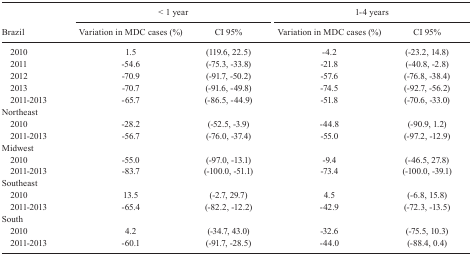
<table><thead><tr><td rowspan="3"><b>Brazil</b></td><td colspan="2"><b>&lt; 1 year</b></td><td colspan="2"><b>1-4 years</b></td></tr><tr><td><b>Variation in MDCcases (%)</b></td><td><b>CI 95%</b></td><td><b>Variation in MDCcases (%)</b></td><td><b>CI 95%</b></td></tr></thead><tbody><tr><td>2010</td><td>1.5</td><td>(119.6, 22.5)</td><td>-4.2</td><td>(-23.2, 14.8)</td></tr><tr><td>2011</td><td>-54.6</td><td>(-75.3, -33.8)</td><td>-21.8</td><td>(-40.8, -2.8)</td></tr><tr><td>2012</td><td>-70.9</td><td>(-91.7, -50.2)</td><td>-57.6</td><td>(-76.8, -38.4)</td></tr><tr><td>2013</td><td>-70.7</td><td>(-91.6, -49.8)</td><td>-74.5</td><td>(-92.7, -56.2)</td></tr><tr><td>2011-2013</td><td>-65.7</td><td>(-86.5, -44.9)</td><td>-51.8</td><td>(-70.6, -33.0)</td></tr><tr><td>Northeast</td><td> </td><td> </td><td> </td><td> </td></tr><tr><td>2010</td><td>-28.2</td><td>(-52.5, -3.9)</td><td>-44.8</td><td>(-90.9, 1.2)</td></tr><tr><td>2011-2013</td><td>-56.7</td><td>(-76.0, -37.4)</td><td>-55.0</td><td>(-97.2, -12.9)</td></tr><tr><td>Midwest</td><td> </td><td> </td><td> </td><td> </td></tr><tr><td>2010</td><td>-55.0</td><td>(-97.0, -13.1)</td><td>-9.4</td><td>(-46.5, 27.8)</td></tr><tr><td>2011-2013</td><td>-83.7</td><td>(-100.0, -51.1)</td><td>-73.4</td><td>(-100.0, -39.1)</td></tr><tr><td>Southeast</td><td> </td><td> </td><td> </td><td> </td></tr><tr><td>2010</td><td>13.5</td><td>(-2.7, 29.7)</td><td>4.5</td><td>(-6.8, 15.8)</td></tr><tr><td>2011-2013</td><td>-65.4</td><td>(-82.2, -12.2)</td><td>-42.9</td><td>(-72.3, -13.5)</td></tr><tr><td>South</td><td> </td><td> </td><td> </td><td> </td></tr><tr><td>2010</td><td>4.2</td><td>(-34.7, 43.0)</td><td>-32.6</td><td>(-75.5, 10.3)</td></tr><tr><td>2011-2013</td><td>-60.1</td><td>(-91.7, -28.5)</td><td>-44.0</td><td>(-88.4, 0.4)</td></tr></tbody></table>